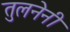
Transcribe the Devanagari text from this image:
तुलनेनी